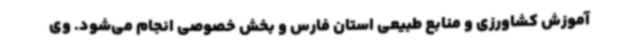
آموزش کشاورزی و منابع طبیعی استان فارس و بخش خصوصی انجام می‌شود. وی